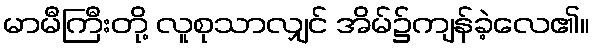
မာမီကြီးတို့ လူစုသာလျှင် အိမ်၌ကျန်ခဲ့လေ၏။